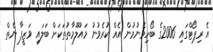
އެ ރިޕޯޓްގައި 2006ގެ ބޯހިމެނުމުން އެއް ކުރެވުނު މައުލޫމާތުތަކަށް ބަލައި ވަޒީފާ ނެތް